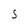
Character: S